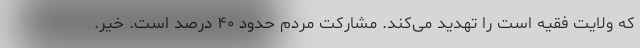
که ولایت فقیه است را تهدید می‌کند. مشارکت مردم حدود ۴۰ درصد است. خیر.